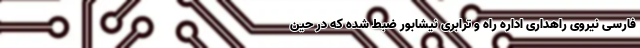
فارسى نيروى راهدارى اداره راه و ترابرى نيشابور ضبط شده كه در حين